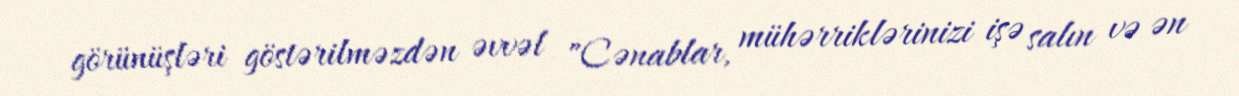
görünüşləri göstərilməzdən əvvəl "Cənablar, mühərriklərinizi işə salın və ən